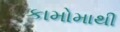
કામોમાથી